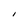
Character: I